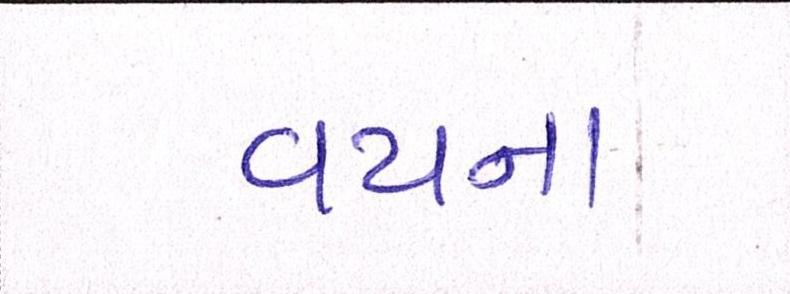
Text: વયના